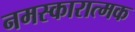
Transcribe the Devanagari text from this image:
नमस्कारात्मक